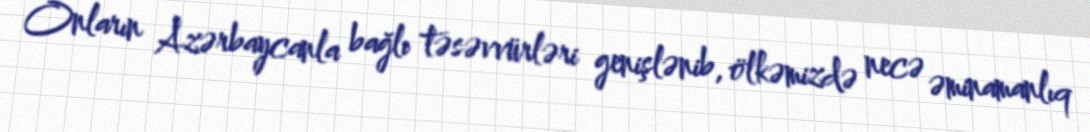
Onların Azərbaycanla bağlı təsəvvürləri genişlənib, ölkəmizdə necə əminamanlıq